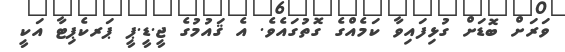
ވަރަށް ބޮޑަށް ގުޅިފައިވާ ކަމެއްގެ ގޮތުގައެވެ. އެ ޤައުމުގެ ޖީ.ޑީ.ޕީ ޕަރކެޕިޓާ އަކީ